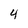
Character: 4